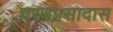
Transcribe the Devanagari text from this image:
चरणप्रसादास